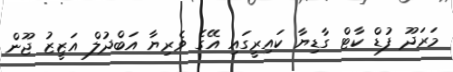
މަރަދޫ ފުޑް ކާޓް ގާޑިޔާ ކައިރީގައި އޭގެ ވެރިޔާ އަބްދުލް އަޒީޒު ޖޫން